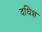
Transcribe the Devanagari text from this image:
दधिश